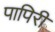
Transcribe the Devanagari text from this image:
पापिरी